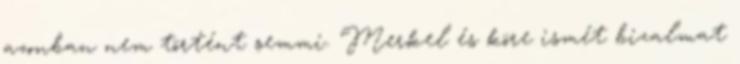
azonban nem történt semmi. Merkel és köre ismét bizalmat